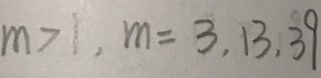
m > 1 , m = 3 , 1 3 , 3 9